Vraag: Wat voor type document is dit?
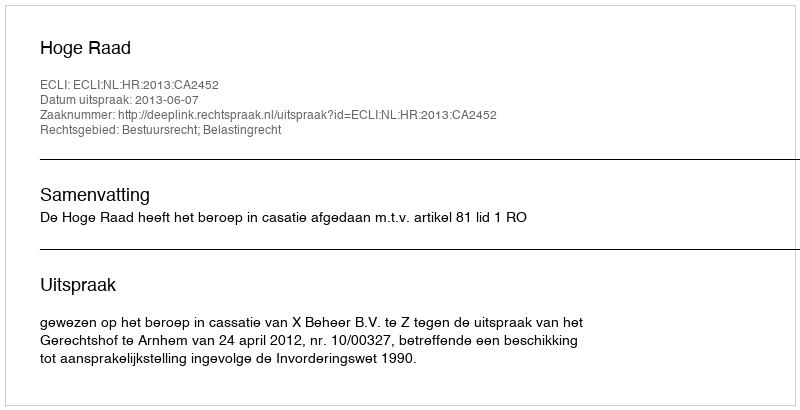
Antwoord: Uitspraak